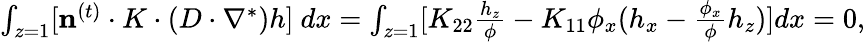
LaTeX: \begin{array}{r}{\int_{z=1}[\mathbf{n}^{(t)}\cdot K\cdot(D\cdot\nabla^{*})h]~dx=\int_{z=1}[K_{22}\frac{h_{z}}{\phi}-K_{11}\phi_{x}(h_{x}-\frac{\phi_{x}}{\phi}h_{z})]dx=0,}\end{array}